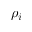
\rho _ { i }